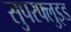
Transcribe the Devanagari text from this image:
सुपरफ्लुइड